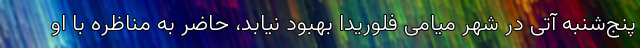
پنج‌شنبه آتی در شهر میامی فلوریدا بهبود نیابد، حاضر به مناظره با او